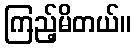
ကြည့်မိတယ်။